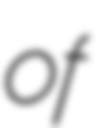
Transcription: of